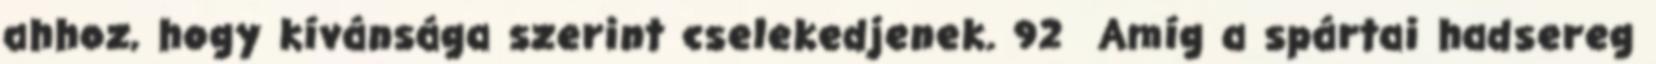
ahhoz, hogy kívánsága szerint cselekedjenek. 92 Amíg a spártai hadsereg